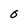
Character: O